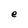
Character: e